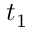
t _ { 1 }